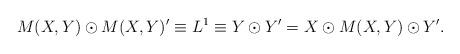
LaTeX: \begin{align*}M(X,Y)\odot M(X,Y)'\equiv L^1\equiv Y\odot Y'= X\odot M(X,Y) \odot Y'.\end{align*}